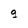
Character: g